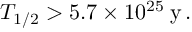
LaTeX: T _ { 1 / 2 } > 5 . 7 \times 1 0 ^ { 2 5 } \: \mathrm { y } \, .